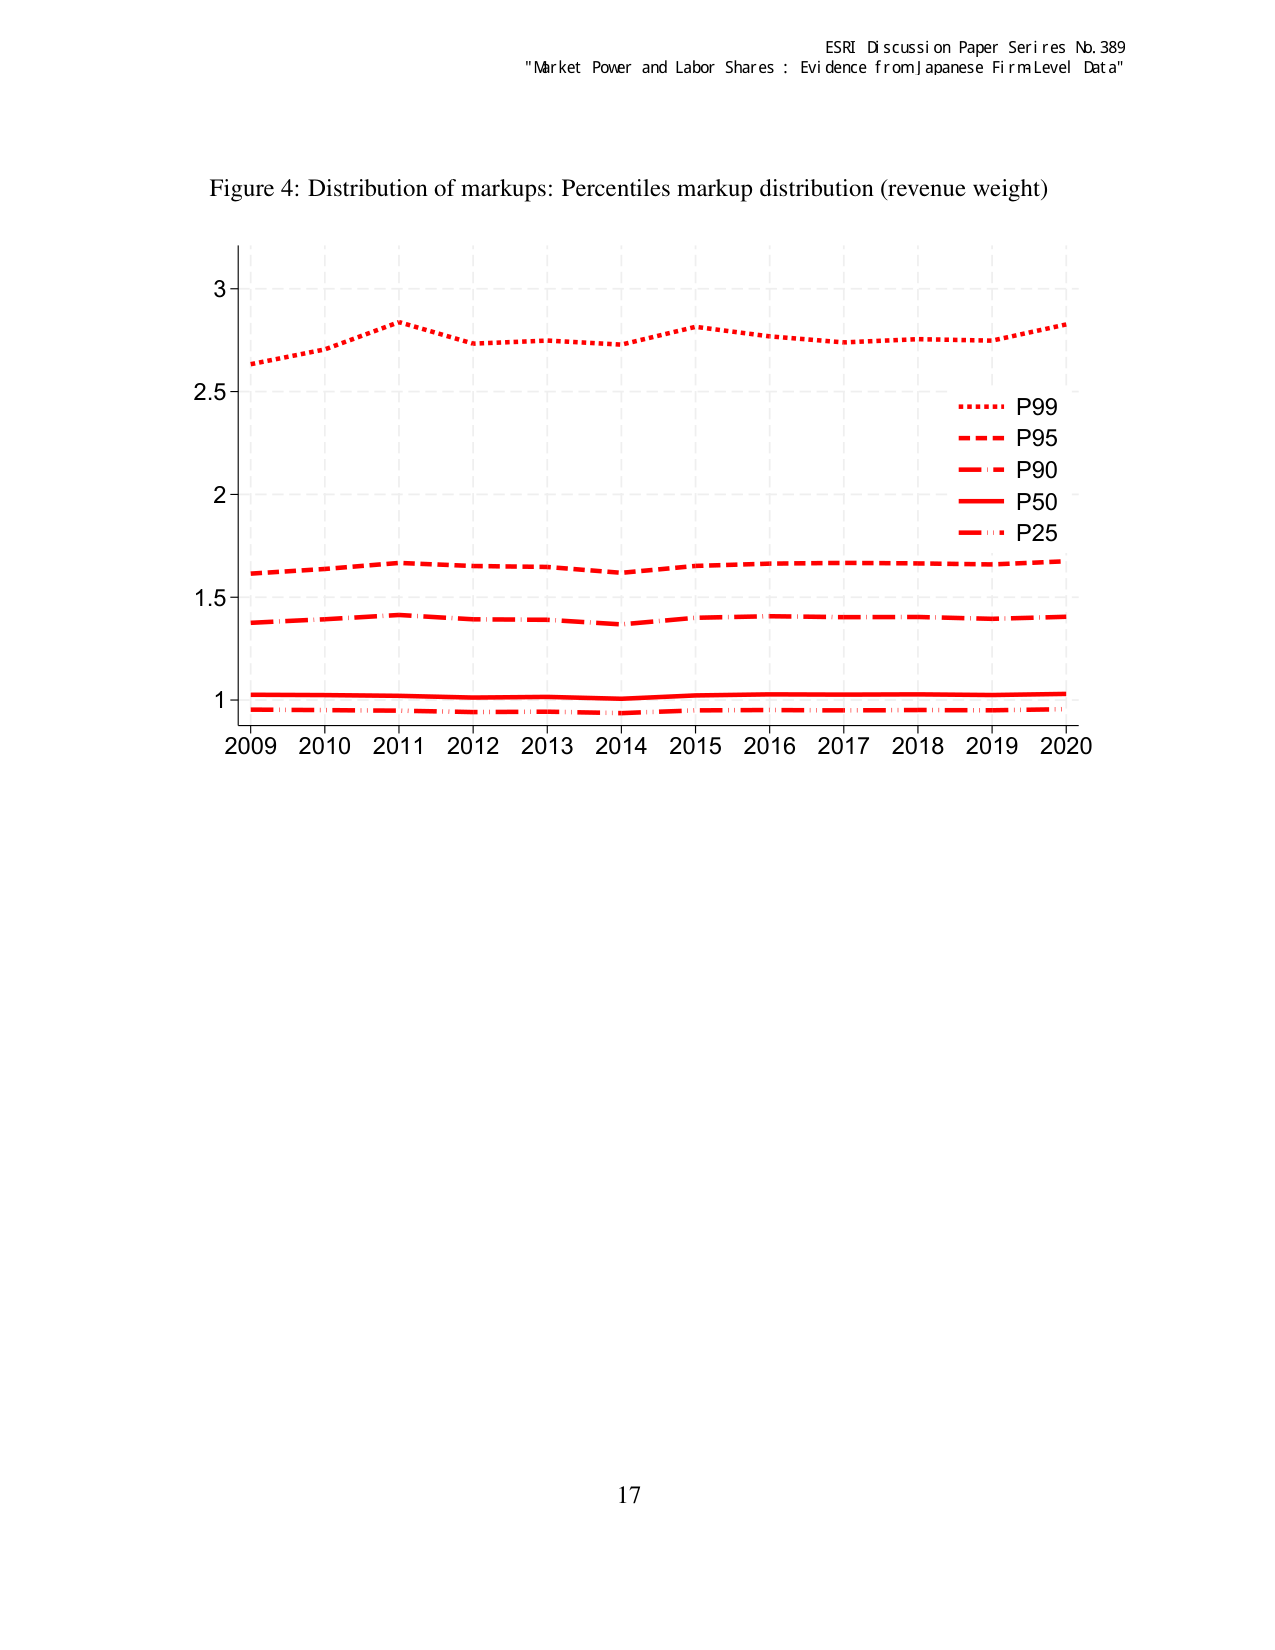
ESRI Discussion Paper Series No. 389
"Market Power and Labor Shares : Evidence from Japanese Firm Level Data"

Figure 4: Distribution of markups: Percentiles markup distribution (revenue weight)

3
2.5
2
1.5
1
2009 2010 2011 2012 2013 2014 2015 2016 2017 2018 2019 2020

P99
P95
P90
P50
P25

17